Vaccination in Bombay 1874-1876 - 1874-1876
Year: 1874
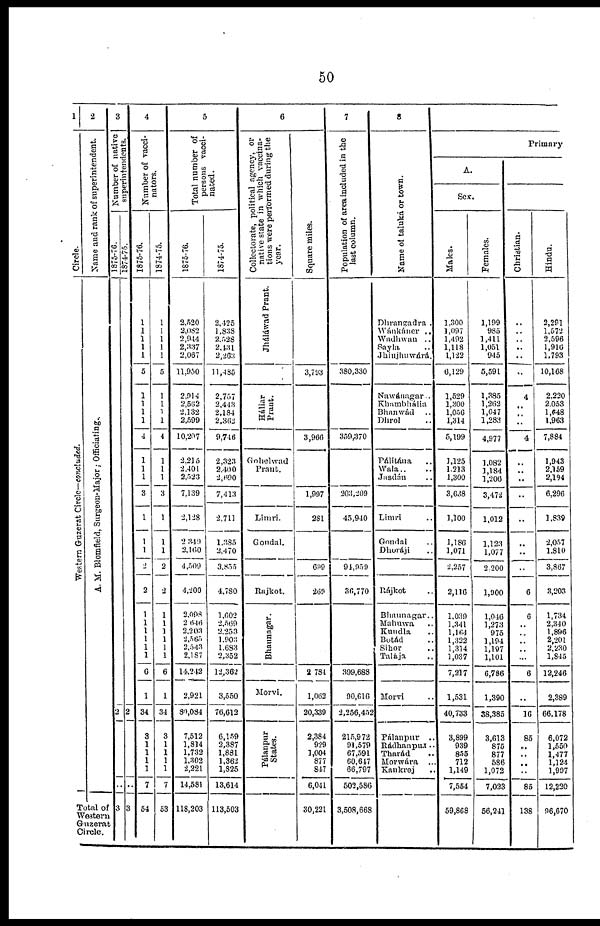
50
1
Circle.
Western Guzerat Circle—concluded.
2
Name and rank of superintendent.
A. M. Blomfield, Surgeon-Major; Officiating.
Total of
Western
Guzerat
Circle.
3
Number of native
superintendents.
1875-76.
2
..
3
1874-75.
2
..
3
4
Number of vacci-
nators.
1875-76.
1
1
1
1
1
5
1
1
1
1
4
1
1
1
3
1
1
1
2
2
1
1
1
1
1
1
6
1
34
3
1
1
1
1
7
54
1874-75.
1
1
1
1
1
5
1
1
1
1
4
1
1
1
3
1
1
1
2
2
1
1
1
1
1
1
6
1
34
3
1
1
1
1
7
53
5
Total number of
persons vacci-
nated.
1875-76.
2,520
2,082
2,914
2,337
2,067
11,950
2,914
2,562
2,132
2,599
10,207
2,215
2,401
2,523
7,139
2,128
2 349
2,160
4,509
4,200
2,093
2,646
2,203
2,565
2,543
2,187
14,242
2,921
80,084
7,512
1,814
1,732
1,302
2,221
14,581
118,203
1874-75.
2,425
1,838
2,528
2,431
2,203
11,485
2,757
2,443
2,184
2,362
9,746
2,323
2,400
2,690
7,413
2,711
1,335
2,470
3,855
4,780
1,602
2,569
2,253
1,903
1,683
2,352
12,362
3,550
76,612
6,159
2,387
1,881
1,362
1,825
13,614
113,503
6
Collectorate, political agency, or
native state in which vaccina-
tions were performed during the
year.
Jháláwad Prant.
Háliar
Prant.
Gohelwad
Prant.
Limri.
Gondal.
Rajkot.
Bhaunagar.
Morvi.
Pálanpur
States.
Square miles.
3,793
3,966
1,997
281
699
269
2,781
1,062
20,339
2,384
929
1,004
877
847
6,041
30,221
7
Population of area included in the
last column.
380,330
359,370
203,209
45,940
94,959
36,770
399,688
90,616
2,256,452
215,972
91,579
67,591
60,647
66,797
502,586
3,508,668
8
Name of taluká or town.
Dhrangadra .
Wánkáner ..
Wadhwan ..
Sayla ..
Jhinjhuwárá.
Nawánngar..
Khambhália ..
Bhanwád ..
Dhrol ..
Pálitána ..
Wala..
Jasdán
Limri ..
Gondal ..
Dhoráji ..
Rájkot ..
Bhaunagar..
Mahuwa ..
Kundla ..
Botád ..
Sihor ..
Talája ..
Morvi ..
Pálanpur ..
Rádhanpur ..
Tharád ..
Morwára ..
Kankrej ..
Primary
A.
Sex.
Males.
1,300
1,097
1,492
1,118
1,122
6,129
1,529
1,300
1,056
1,314
5,199
1,125
1,213
1,300
3,638
1,100
1,186
1,071
2,257
2,116
1,039
1,341
1,164
1,322
1,314
1,037
7,217
1,531
40,733
3,899
939
855
712
1,149
7,554
59,868
Females.
1,199
985
1,411
1,051
945
5,591
1,385
1,262
1,047
1,283
4,977
1,082
1,184
1,206
3,472
1,012
1,123
1,077
2,200
1,900
1,016
1,273
975
1,194
1,197
1,101
6,786
1,390
38,385
3,613
875
877
586
1,073
7,033
56,241
Christian.
..
..
..
..
..
..
4
..
..
..
4
..
..
..
..
..
..
..
6
6
..
..
..
..
..
6
..
16
85
..
..
..
..
85
138
Hindu.
2,291
1,572
2,596
1,916
1,793
10,168
2,220
2,053
1,648
1,963
7,884
1,943
2,159
2,194
6,296
1,839
2,057
1,810
3,867
3,203
1,734
2,340
1,896
2,201
2,230
1,845
12,246
2,389
66,178
6,072
1,550
1,477
1,124
1,997
12,220
96,670